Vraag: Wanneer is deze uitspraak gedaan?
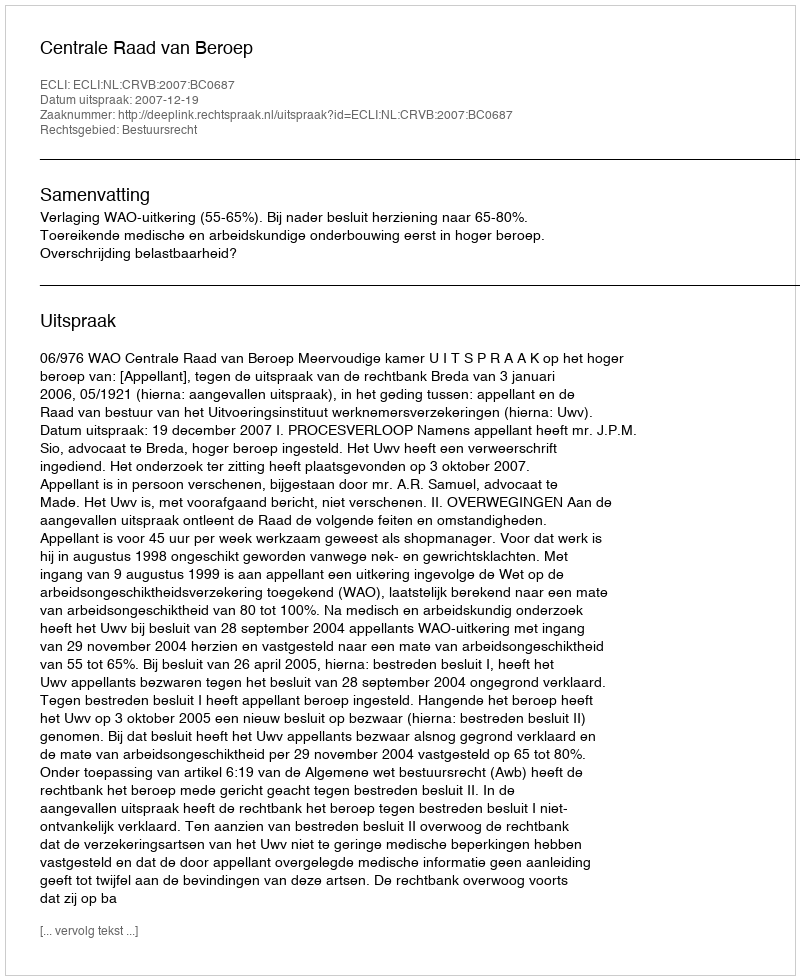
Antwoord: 2007-12-19